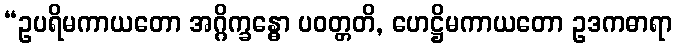
“ဥပရိမကာယတော အဂ္ဂိက္ခန္ဓော ပဝတ္တတိ, ဟေဋ္ဌိမကာယတော ဥဒကဓာရာ